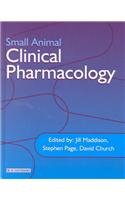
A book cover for Small Animal Clinical Pharmacology, 1e; Jill E. Maddison BVSc  DipVetClinStud  PhD  FACVSc  MRCVS; Medical Books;